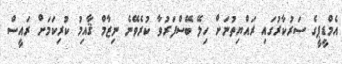
އެމްޑީޕީގެ ސަރުކާރުގައި ރައްޔިތުނަށް ހިލޭ ބޭސްފަރުވާ ކުރެވޭނެ ނިޒާމް ޤާއިމު ކުރިކަމަށް ރައީސް